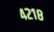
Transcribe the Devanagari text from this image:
४२१८